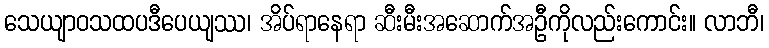
သေယျာဝသထပဒီပေယျဿ၊ အိပ်ရာနေရာ ဆီးမီးအဆောက်အဦကိုလည်းကောင်း။ လာဘီ၊